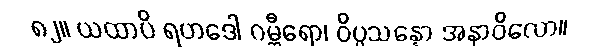
၈၂။ ယထာပိ ရဟဒေါ ဂမ္ဘီရော၊ ဝိပ္ပသန္နော အနာဝိလော။